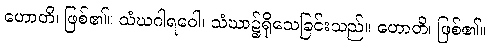
ဟောတိ၊ ဖြစ်၏။ သံဃဂါရဝေါ၊ သံဃာ၌ရိုသေခြင်းသည်။ ဟောတိ၊ ဖြစ်၏။